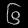
Digit: ၆